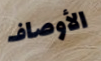
الأوصاف